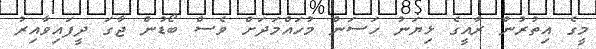
މީގެ އިތުރުން ރާއީގެ ޅިޔަނު ހަސަން މުހައްމަދަށް ވެސް ބޯޑުން ޖާގަ ދީފައިވާއިރު